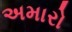
અમારો